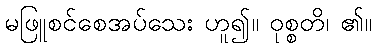
မဖြူစင်စေအပ်သေး ဟူ၍။ ဝုစ္စတိ၊ ၏။